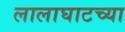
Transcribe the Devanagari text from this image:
लालाघाटच्या